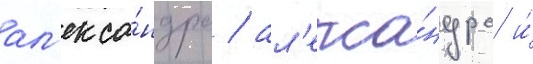
ал'екса́ндра / ал'екса́ндра и́